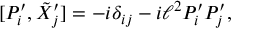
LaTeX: [ P _ { i } ^ { \prime } , \tilde { X } _ { j } ^ { \prime } ] = - i \delta _ { i j } - i \ell ^ { 2 } P _ { i } ^ { \prime } P _ { j } ^ { \prime } ,